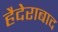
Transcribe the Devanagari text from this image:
हैदेराबाद